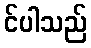
င်ပါသည်